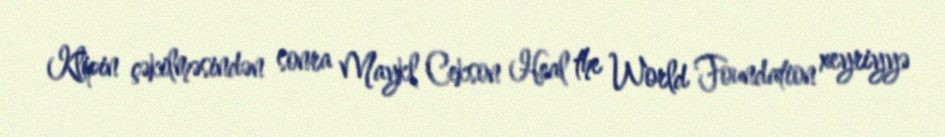
Klipin çəkilməsindən sonra Maykl Cekson Heal the World Foundation xeyriyyə